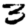
Digit: 3